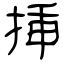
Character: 挿